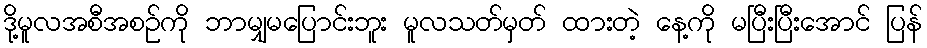
ဒို့မူလအစီအစဉ်ကို ဘာမျှမပြောင်းဘူး မူလသတ်မှတ် ထားတဲ့ နေ့ကို မပြီးပြီးအောင် ပြန်